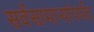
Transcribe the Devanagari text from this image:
सर्वसामान्यांपर्यत